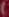
)